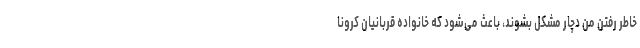
خاطر رفتن من دچار مشکل بشوند، باعث می‌شود که خانواده قربانیان کرونا